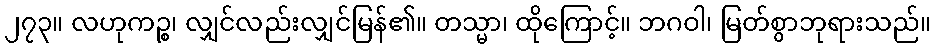
၂၇၃။ လဟုကဉ္စ၊ လျှင်လည်းလျှင်မြန်၏။ တသ္မာ၊ ထိုကြောင့်။ ဘဂဝါ၊ မြတ်စွာဘုရားသည်။